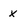
Character: x